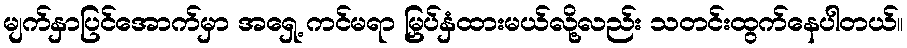
မျက်နှာပြင်အောက်မှာ အရှေ့ ကင်မရာ မြှပ်နှံထားမယ်လို့လည်း သတင်းထွက်နေပါတယ်။